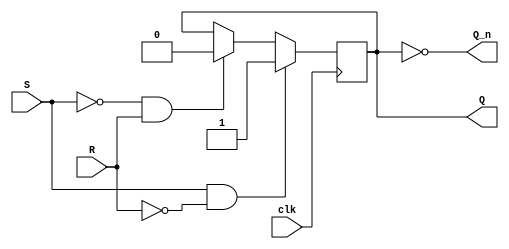
module SR_latch(input S, input R, input clk, output reg Q, output reg Q_n);

always @(posedge clk) begin
    if (S && ~R)
        Q <= 1;
    else if (~S && R)
        Q <= 0;
end

assign Q_n = ~Q;

endmodule